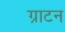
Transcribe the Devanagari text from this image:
ग्राटन